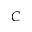
C